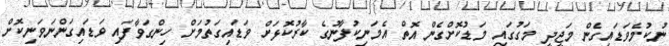
ނުކުމެވަޑައިގެން މަޖީދީ މަގުގައި މަޑުކޮށްގެން އޮތް އެމަނިކުފާނުގެ ކާރުކޮޅަށް ވަޑައިގަތުމަށް ހިންގަވާފައި ވަޑައިގަންނަވަނިކޮށް